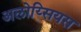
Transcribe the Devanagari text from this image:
अलोय्सियस